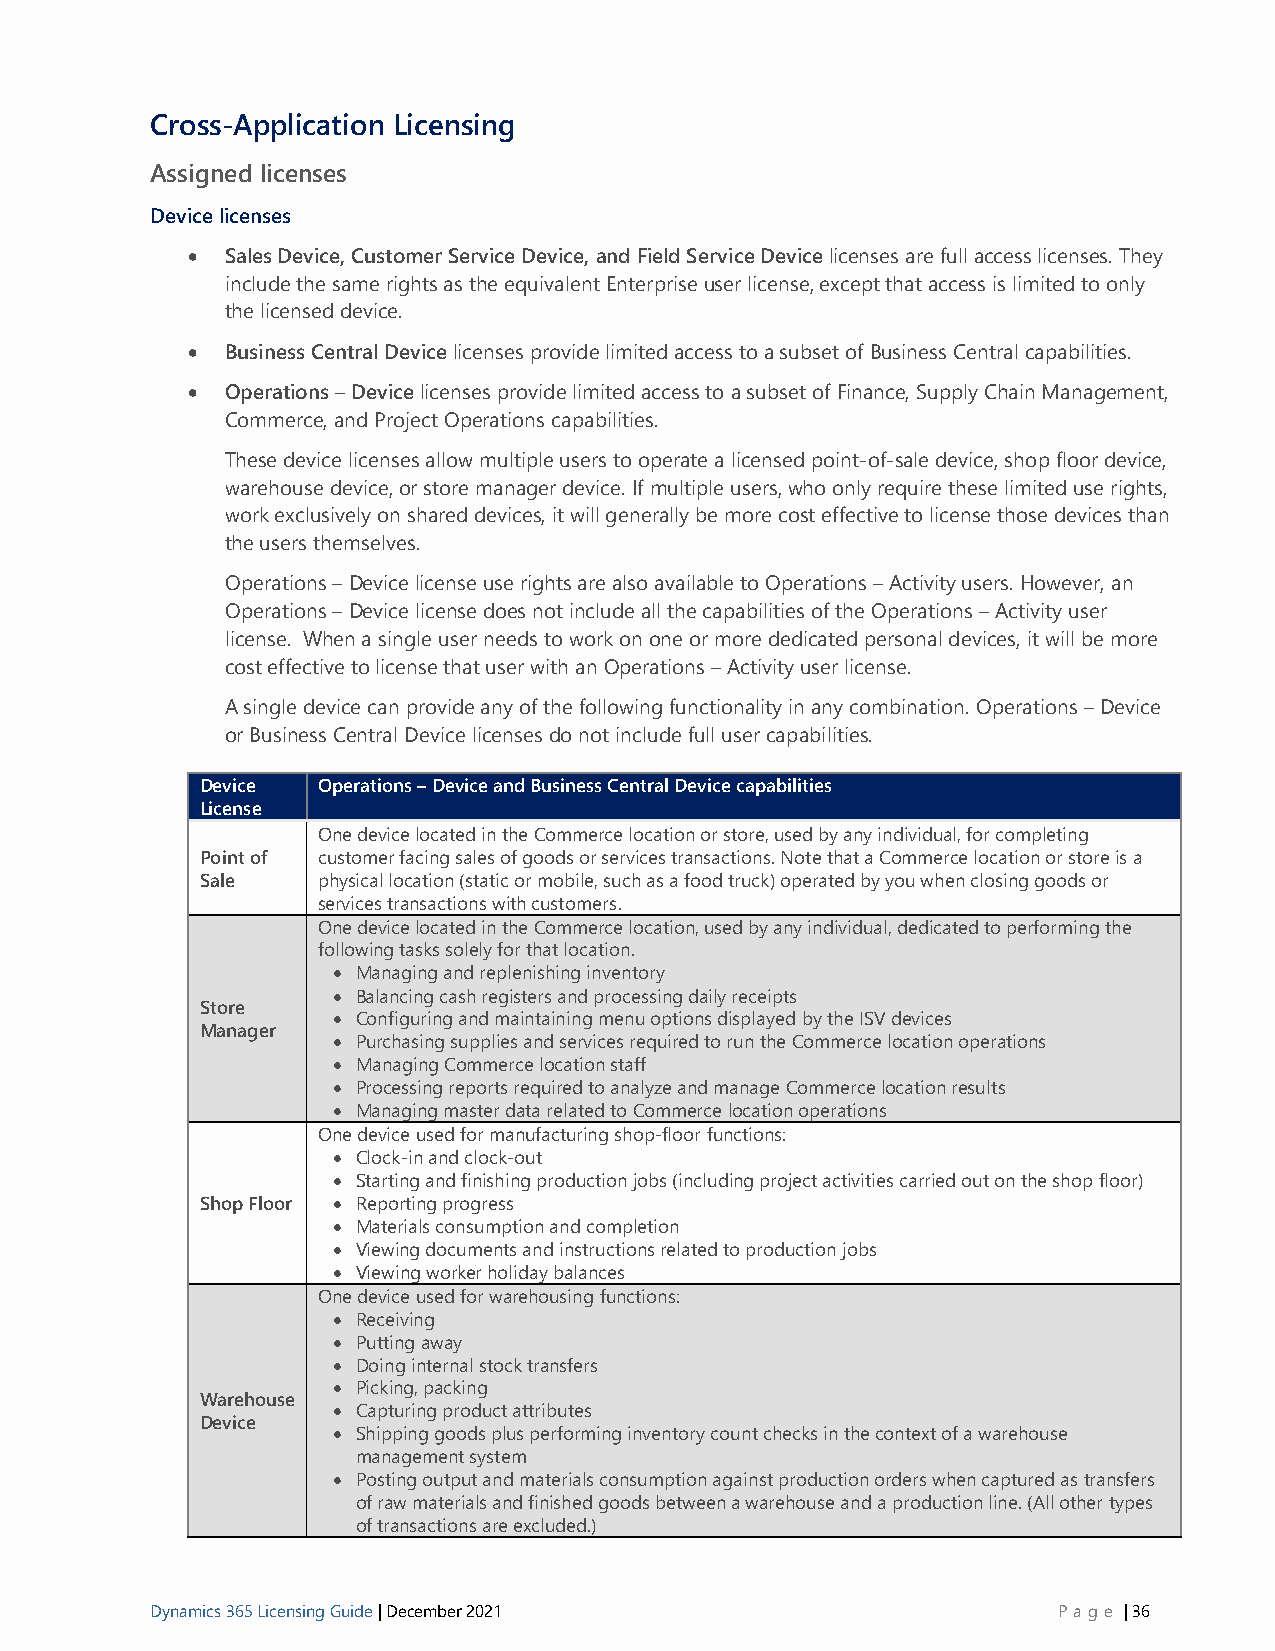
Cross-Application Licensing
 Assigned licenses
 Device licenses
 •  Sales Device, Customer Service Device, and Field Service Device licenses are full access licenses. They
 include the same rights as the equivalent Enterprise user license, except that access is limited to only
 the licensed device.
 •  Business Central Device licenses provide limited access to a subset of Business Central capabilities.
 •  Operations – Device licenses provide limited access to a subset of Finance, Supply Chain Management,
 Commerce, and Project Operations capabilities.
 These device licenses allow multiple users to operate a licensed point-of-sale device, shop floor device,
 warehouse device, or store manager device. If multiple users, who only require these limited use rights,
 work exclusively on shared devices, it will generally be more cost effective to license those devices than
 the users themselves.
 Operations – Device license use rights are also available to Operations – Activity users. However, an
 Operations – Device license does not include all the capabilities of the Operations – Activity user
 license. When a single user needs to work on one or more dedicated personal devices, it will be more
 cost effective to license that user with an Operations – Activity user license.
 A single device can provide any of the following functionality in any combination. Operations – Device
 or Business Central Device licenses do not include full user capabilities.
 Device  Operations – Device and Business Central Device capabilities
 License
 One device located in the Commerce location or store, used by any individual, for completing
 Point of customer facing sales of goods or services transactions. Note that a Commerce location or store is a
 Sale    physical location (static or mobile, such as a food truck) operated by you when closing goods or
 services transactions with customers.
 One device located in the Commerce location, used by any individual, dedicated to performing the
 following tasks solely for that location.
 • Managing and replenishing inventory
 • Balancing cash registers and processing daily receipts
 Store
 • Configuring and maintaining menu options displayed by the ISV devices
 Manager
 • Purchasing supplies and services required to run the Commerce location operations
 • Managing Commerce location staff
 • Processing reports required to analyze and manage Commerce location results
 • Managing master data related to Commerce location operations
 One device used for manufacturing shop-floor functions:
 • Clock-in and clock-out
 • Starting and finishing production jobs (including project activities carried out on the shop floor)
 Shop Floor • Reporting progress
 • Materials consumption and completion
 • Viewing documents and instructions related to production jobs
 • Viewing worker holiday balances
 One device used for warehousing functions:
 • Receiving
 • Putting away
 • Doing internal stock transfers
 • Picking, packing
 Warehouse
 • Capturing product attributes
 Device
 • Shipping goods plus performing inventory count checks in the context of a warehouse
 management system
 • Posting output and materials consumption against production orders when captured as transfers
 of raw materials and finished goods between a warehouse and a production line. (All other types
 of transactions are excluded.)
 Dynamics 365 Licensing Guide | December 2021                P age | 36